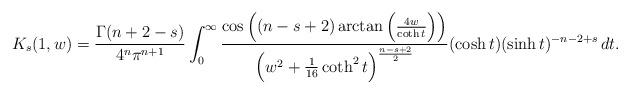
LaTeX: \begin{align*} K_s(1,w)= \frac{\Gamma(n+2-s)}{4^n\pi^{n+1}}\int_0^{\infty}\frac{\cos \Big((n-s+2)\arctan\Big(\frac{4w}{\coth t}\Big)\Big) }{\Big(w^2+\frac{1}{16}\coth^2t\Big)^{\frac{n-s+2}{2}}} (\cosh t)(\sinh t)^{-n-2+s}\,dt.\end{align*}